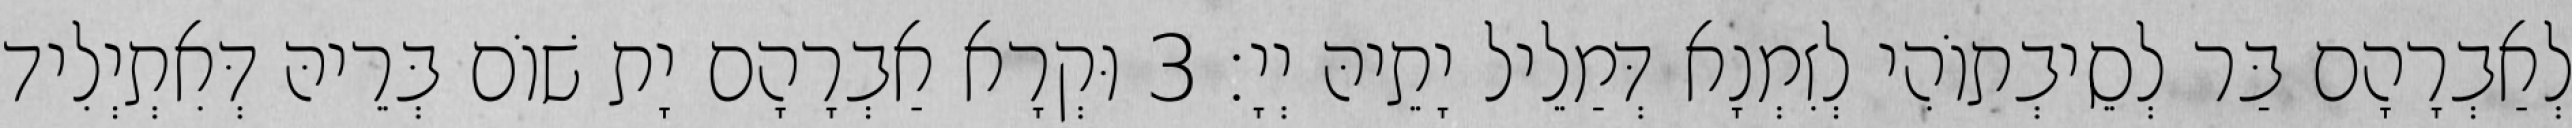
לְאַבְרָהָם בַּר לְסֵיבְתוֹהִי לְזִמְנָא דְּמַלֵיל יָתֵיהּ יְיָ׃ 3 וּקְרָא אַבְרָהָם יָת שׁוֹם בְּרֵיהּ דְּאִתְיְלִיד